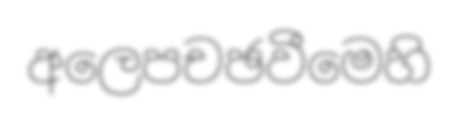
අලෙපචඡවීමෙහි